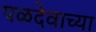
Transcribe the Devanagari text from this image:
पळदेवाच्या